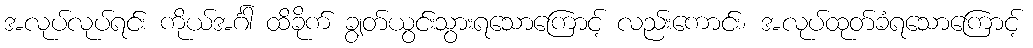
အလုပ်လုပ်ရင်း ကိုယ်အင်္ဂါ ထိခိုက် ချွတ်ယွင်းသွားရသောကြောင့် လည်းကောင်း၊ အလုပ်ထုတ်ခံရသောကြောင့်